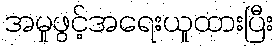
အမှုဖွင့်အရေးယူထားပြီး